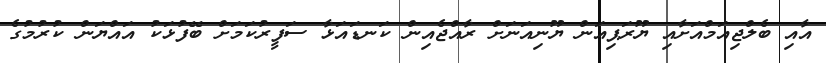
އާއި ބެލްޖިއަމްއަށާއި ޔޫރަޕިއަން ޔޫނިއަނަށް ރާއްޖެއިން ކަނޑައަޅާ ސަފީރުކަމަށް ބޭފުޅަކު އައްޔަން ކުރުމުގެ